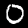
Digit: 0